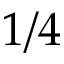
1 / 4